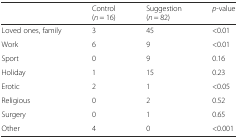
<table><thead><tr><td></td><td><b>Control(<i>n</i> = 16)</b></td><td><b>Suggestion(<i>n</i> = 82)</b></td><td><b><i>p</i>-value</b></td></tr></thead><tbody><tr><td>Loved ones, family</td><td>3</td><td>45</td><td>&lt;0.01</td></tr><tr><td>Work</td><td>6</td><td>9</td><td>&lt;0.01</td></tr><tr><td>Sport</td><td>0</td><td>9</td><td>0.16</td></tr><tr><td>Holiday</td><td>1</td><td>15</td><td>0.23</td></tr><tr><td>Erotic</td><td>2</td><td>1</td><td>&lt;0.05</td></tr><tr><td>Religious</td><td>0</td><td>2</td><td>0.52</td></tr><tr><td>Surgery</td><td>0</td><td>1</td><td>0.65</td></tr><tr><td>Other</td><td>4</td><td>0</td><td>&lt;0.001</td></tr></tbody></table>